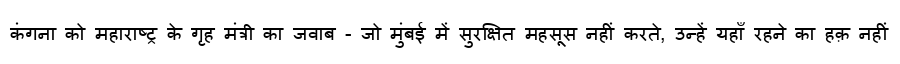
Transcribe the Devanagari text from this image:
कंगना को महाराष्ट्र के गृह मंत्री का जवाब - जो मुंबई में सुरक्षित महसूस नहीं करते, उन्हें यहाँ रहने का हक़ नहीं